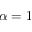
\alpha = 1